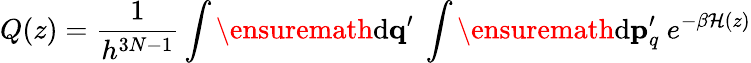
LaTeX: Q(z)=\frac{1}{h^{3N-1}}\int\ensuremath{\mathrm{d}}\mathbf{q}^{\prime}\ \int\ensuremath{\mathrm{d}}\mathbf{p}_{q}^{\prime}\ e^{-\beta\mathcal{H}(z)}